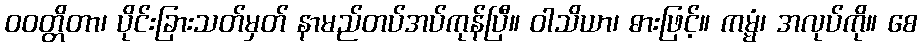
ဝဝတ္တိတာ၊ ပိုင်းခြားသတ်မှတ် နာမည်တပ်အပ်ကုန်ပြီ။ ဝါသိယာ၊ ဓားဖြင့်။ ကမ္မံ၊ အလုပ်ကို။ စေ